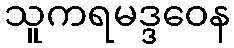
သူကရမဒ္ဒဝေန